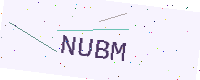
Text: NUBM